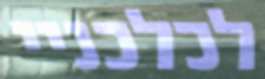
לכלכניי